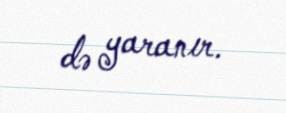
də yaranır.